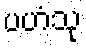
ပဟံသု